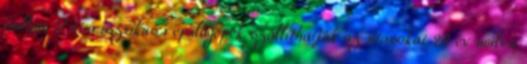
hullám Futurisztikus repülőgépek szállíthatják az utasokat 20 év múlva